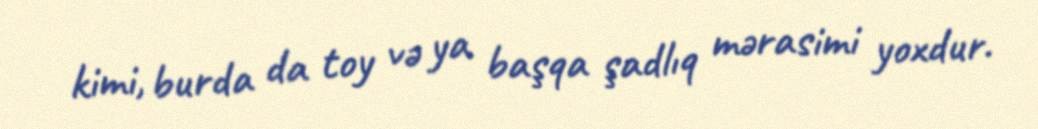
kimi, burda da toy və ya başqa şadlıq mərasimi yoxdur.